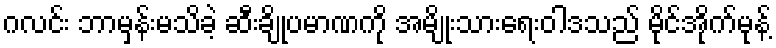
ဂလင်း ဘာမှန်းမသိခဲ့ ဆီးချိုပမာဏကို အမျိုးသားရေးဝါဒသည် မိုင်အိုက်မုန့်